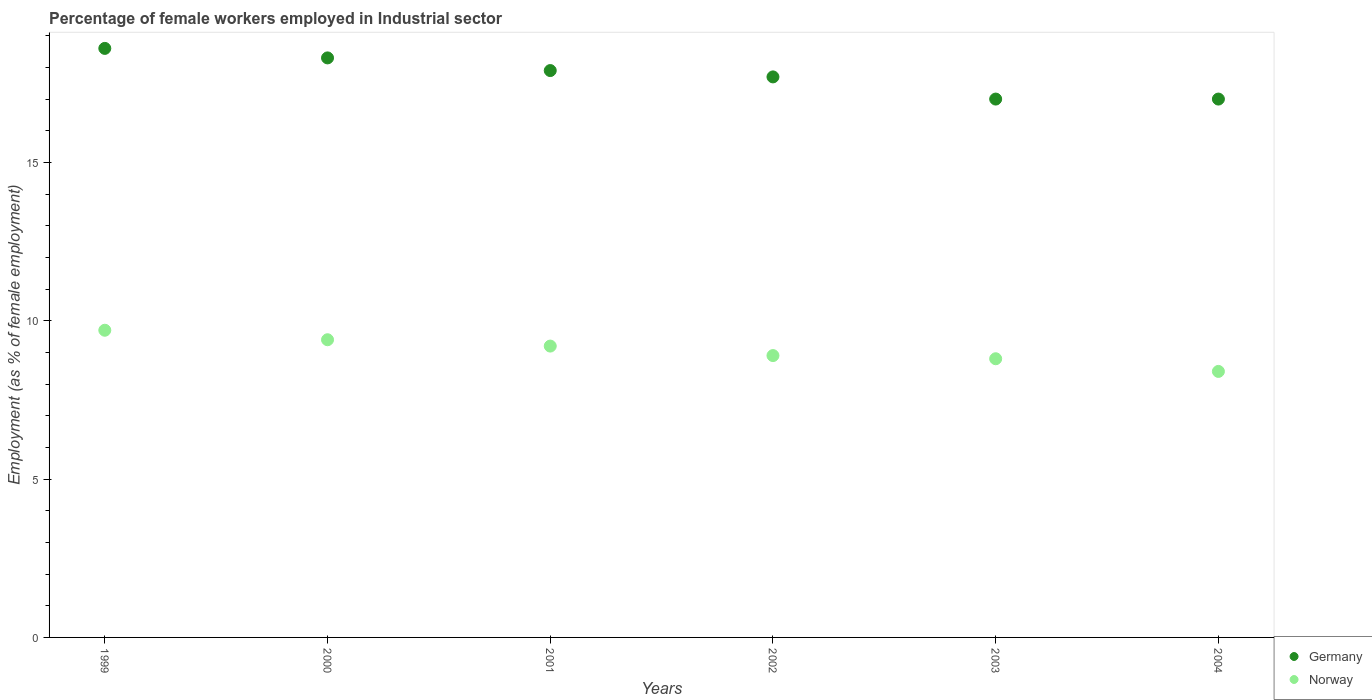
| Years | Germany | Norway |
 | --- | --- | --- |
 | 1999 | 18.6 | 9.7 |
 | 2000 | 18.3 | 9.4 |
 | 2001 | 17.9 | 9.2 |
 | 2002 | 17.7 | 8.9 |
 | 2003 | 17 | 8.8 |
 | 2004 | 17 | 8.4 |